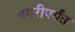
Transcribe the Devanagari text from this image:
नगरीपर्यंत